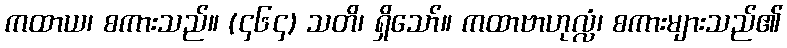
ကထာယ၊ စကားသည်။ (၄၆၄) သတိ၊ ရှိသော်။ ကထာဗာဟုလ္လံ၊ စကားများသည်၏